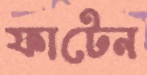
ফাটেন